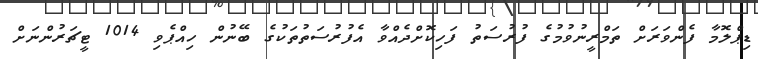
ޑިޕްލޮމާ ފެންވަރަށް ތަމްރީނުވުމުގެ ފުރުސަތު ފަހިކޮށްދެއްވާ އެފުރުސަތުތަކުގެ ބޭނުން ހިއްޕެވި 1014 ޓީޗަރުންނަށް